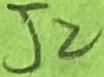
Text: J2